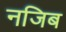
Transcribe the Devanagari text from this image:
नजिब